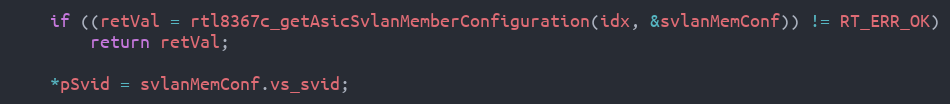
Language: C
    if ((retVal = rtl8367c_getAsicSvlanMemberConfiguration(idx, &svlanMemConf)) != RT_ERR_OK)
        return retVal;

    *pSvid = svlanMemConf.vs_svid;